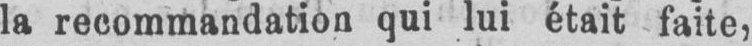
la recommandation qui lui était faite,